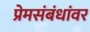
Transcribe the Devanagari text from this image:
प्रेमसंबंधांवर